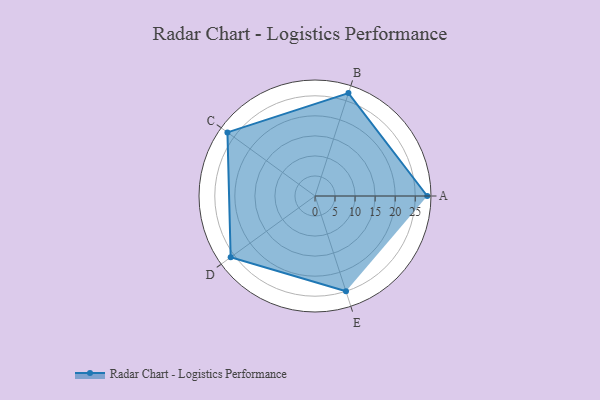
{"axis": {"x": "Skill", "y": "Score"}, "legend": ["Profile"], "data": [{"x": "A", "y": 28.0, "type": "Profile"}, {"x": "B", "y": 27.0, "type": "Profile"}, {"x": "C", "y": 27.0, "type": "Profile"}, {"x": "D", "y": 26.0, "type": "Profile"}, {"x": "E", "y": 25.0, "type": "Profile"}]}